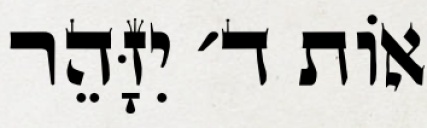
אוֹת ד׳ יִזָּהֵר